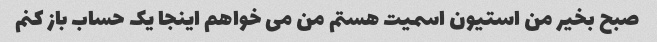
صبح بخیر من استیون اسمیت هستم من می خواهم اینجا یک حساب باز کنم